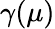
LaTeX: \gamma(\mu)